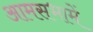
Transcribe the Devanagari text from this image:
आमसभामें